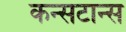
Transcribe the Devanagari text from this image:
कन्सटान्स